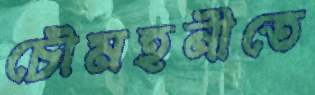
চৌমহনীতে